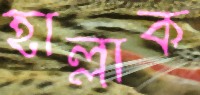
হাল্লাক